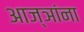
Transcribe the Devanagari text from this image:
आज्ञांना